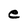
Character: e